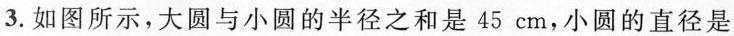
3.如图所示，大圆与小圆的半径之和是45cm，小圆的直径是